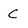
Character: C